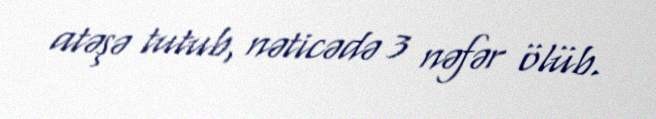
atəşə tutub, nəticədə 3 nəfər ölüb.